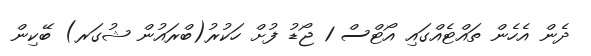
ދެން އެހެން ތައްޓެއްގައި އޯޓްސް 1 ޖޯޑު ފުށް ހަކުރު(ބްރައުން ޝުގަރ) ބޭކިން